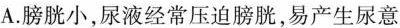
A.膀胱小，尿液经常压迫膀胱，易产生尿意